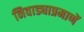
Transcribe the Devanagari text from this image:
निवाड्याप्रमाणें